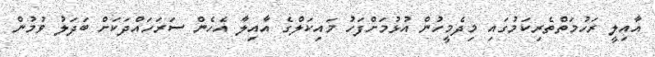
އާއިލީ ރަހުމަތްތެރިކަމުގައި މިދެމީހުން އުޅުމަށްފަހު މައިކަލްގެ އާއިލާ އެހެން ސަރަހައްދަކަށް ބަދަލު ވުމުން